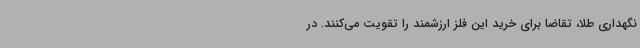
نگهداری طلا، تقاضا برای خرید این فلز ارزشمند را تقویت می‌کنند. در